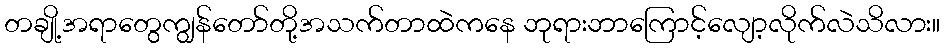
တချို့အရာတွေကျွန်တော်တို့အသက်တာထဲကနေ ဘုရားဘာကြောင့်လျော့လိုက်လဲသိလား။